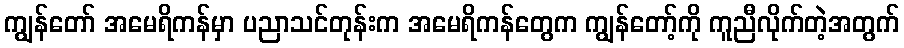
ကျွန်တော် အမေရိကန်မှာ ပညာသင်တုန်းက အမေရိကန်တွေက ကျွန်တော့်ကို ကူညီလိုက်တဲ့အတွက်